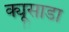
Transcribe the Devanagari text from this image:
क्यूसाडा